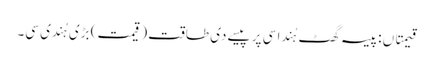
قیمتاں : پیسہ گھٹ ہُندا سی پر پیسے دی طاقت (قیمت) بڑی ہُندی سی۔